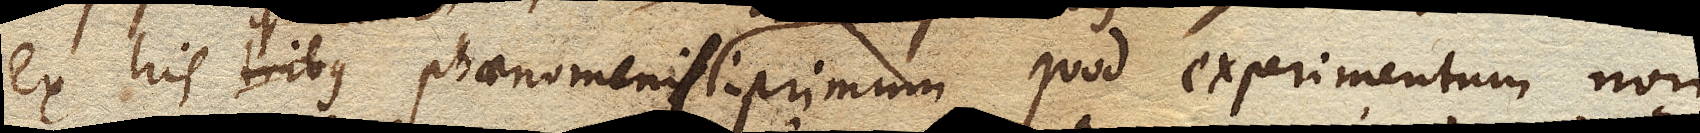
Ex his tribus phaenomenis primum quod experimentum non